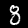
Digit: 8